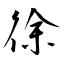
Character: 徐